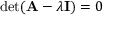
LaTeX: \operatorname* { d e t } ( \mathbf { A } - \lambda \mathbf { I } ) = 0